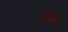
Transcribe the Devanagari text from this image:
अद्याक्ष